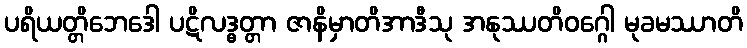
ပရိယတ္တိဘေဒေါ ပဋိလဒ္ဓတ္တာ ဇာနိမှာတိအာဒီသု အနုဿတိဝဂ္ဂေါ မုခမဿာတိ